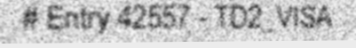
# Entry 42557 - TD2_VISA